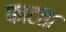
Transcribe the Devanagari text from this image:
फाटता